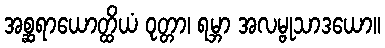
အစ္ဆရာယောတ္ထိယံ ဝုတ္တာ၊ ရမ္ဘာ အလမ္ဗုသာဒယော။